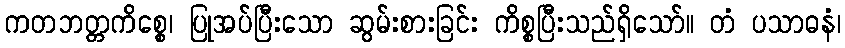
ကတဘတ္တကိစ္စေ၊ ပြုအပ်ပြီးသော ဆွမ်းစားခြင်း ကိစ္စပြီးသည်ရှိသော်။ တံ ပသာဓနံ၊